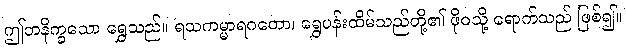
ဤတနိက္ခသော ရွှေသည်။ ရသကမ္မာရဂတော၊ ရွှေပန်းထိမ်သည်တို့၏ ဖိုဝသို့ ရောက်သည် ဖြစ်၍။